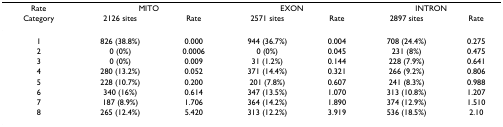
<table><thead><tr><td><b>Rate</b></td><td colspan="2"><b>MITO</b></td><td colspan="2"><b>EXON</b></td><td colspan="2"><b>INTRON</b></td></tr><tr><td><b>Category</b></td><td><b>2126 sites</b></td><td><b>Rate</b></td><td><b>2571 sites</b></td><td><b>Rate</b></td><td><b>2897 sites</b></td><td><b>Rate</b></td></tr></thead><tbody><tr><td>1</td><td>826 (38.8%)</td><td>0.000</td><td>944 (36.7%)</td><td>0.004</td><td>708 (24.4%)</td><td>0.275</td></tr><tr><td>2</td><td>0 (0%)</td><td>0.0006</td><td>0 (0%)</td><td>0.045</td><td>231 (8%)</td><td>0.475</td></tr><tr><td>3</td><td>0 (0%)</td><td>0.009</td><td>31 (1.2%)</td><td>0.144</td><td>228 (7.9%)</td><td>0.641</td></tr><tr><td>4</td><td>280 (13.2%)</td><td>0.052</td><td>371 (14.4%)</td><td>0.321</td><td>266 (9.2%)</td><td>0.806</td></tr><tr><td>5</td><td>228 (10.7%)</td><td>0.200</td><td>201 (7.8%)</td><td>0.607</td><td>241 (8.3%)</td><td>0.988</td></tr><tr><td>6</td><td>340 (16%)</td><td>0.614</td><td>347 (13.5%)</td><td>1.070</td><td>313 (10.8%)</td><td>1.207</td></tr><tr><td>7</td><td>187 (8.9%)</td><td>1.706</td><td>364 (14.2%)</td><td>1.890</td><td>374 (12.9%)</td><td>1.510</td></tr><tr><td>8</td><td>265 (12.4%)</td><td>5.420</td><td>313 (12.2%)</td><td>3.919</td><td>536 (18.5%)</td><td>2.10</td></tr></tbody></table>